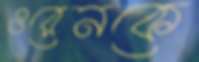
ওরেনকে